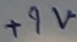
Text: +9V